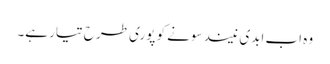
وہ اب ابدی نیند سونے کو پوری طرح تیار ہے۔